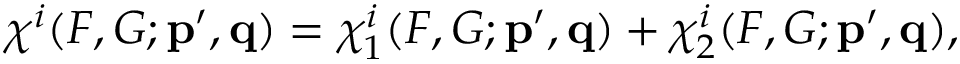
\chi ^ { i } ( F , G ; { \bf p ^ { \prime } , q } ) = \chi _ { 1 } ^ { i } ( F , G ; { \bf p ^ { \prime } , q } ) + \chi _ { 2 } ^ { i } ( F , G ; { \bf p ^ { \prime } , q } ) ,